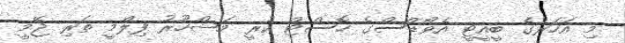
މި އަހަރުގެ ބީއީޓީ އެވޯޑްސްގެ ހޮސްޓް ކުރީ މަޝްހޫރު ފިލްމީ ތަރި ޖޭމީ